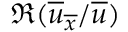
\Re ( \overline { { u } } _ { \overline { { x } } } / \overline { { u } } )